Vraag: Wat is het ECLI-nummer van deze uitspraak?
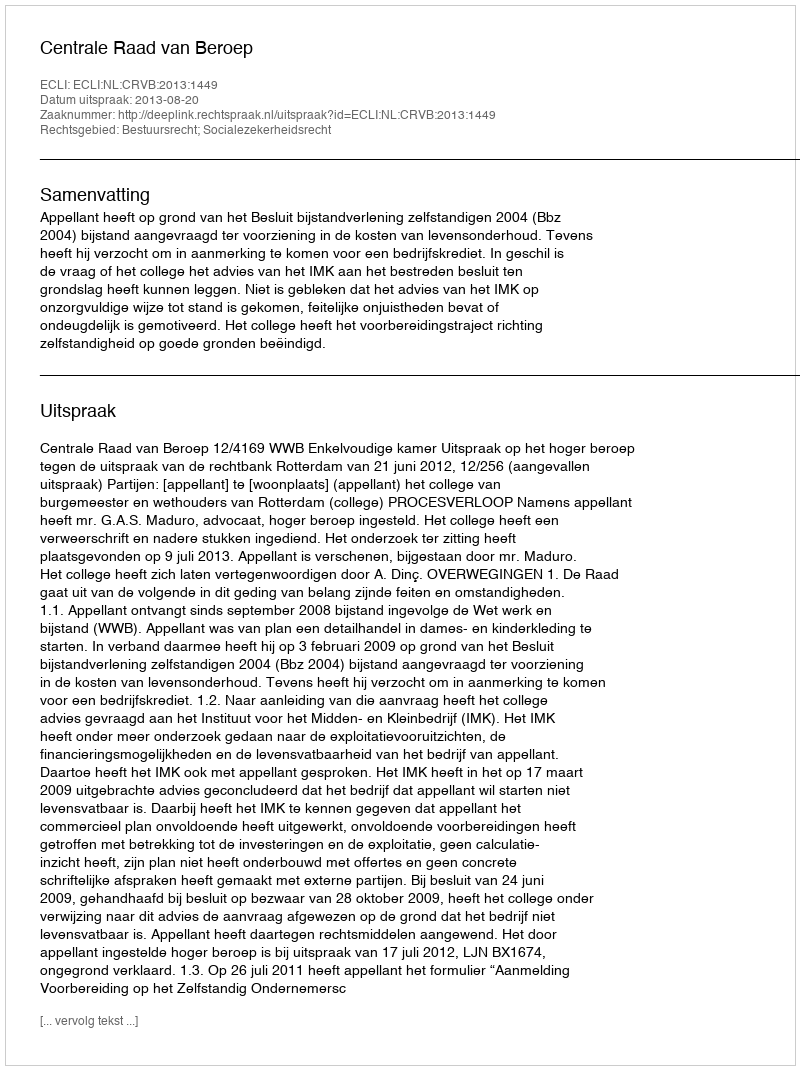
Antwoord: ECLI:NL:CRVB:2013:1449